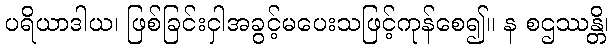
ပရိယာဒါယ၊ ဖြစ်ခြင်းငှါအခွင့်မပေးသဖြင့်ကုန်စေ၍။ န စဌဿန္တိ၊